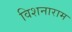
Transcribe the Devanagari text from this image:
विशनाराम